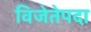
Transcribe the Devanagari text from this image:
विजेतेपदा